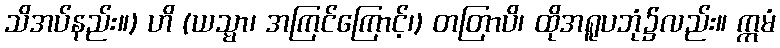
သိအပ်နည်း။) ဟိ (ယသ္မာ၊ အကြင်ကြောင့်၊) တတြာပိ၊ ထိုအရူပဘုံ၌လည်း။ ဣမံ